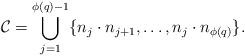
LaTeX: \begin{align*}\mathcal{C}=\bigcup \limits_{j=1}^{\phi(q)-1}\{n_j\cdot n_{j+1},\ldots, n_{j}\cdot n_{\phi(q)}\}.\end{align*}